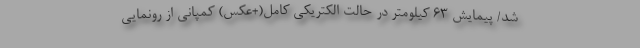
شد/ پیمایش 63 کیلومتر در حالت الکتریکی کامل(+عکس) کمپانی از رونمایی